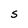
Character: S